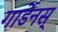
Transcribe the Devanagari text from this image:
गार्डेनस्